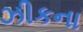
ઝીકના